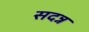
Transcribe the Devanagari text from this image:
सदन्न